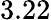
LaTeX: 3.22